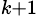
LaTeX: _{k+1}